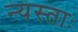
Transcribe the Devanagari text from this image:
न्यस्ताः